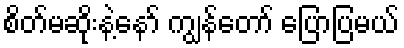
စိတ်မဆိုးနဲ့နော် ကျွန်တော် ပြောပြမယ်